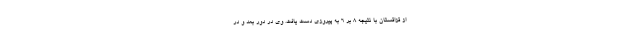
از قزاقستان با نتیجه ۸ بر ۶ به پیروزی دست یافت. وی در دور بعد و در